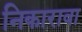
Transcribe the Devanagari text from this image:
निकारावा